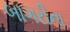
બાગરીના